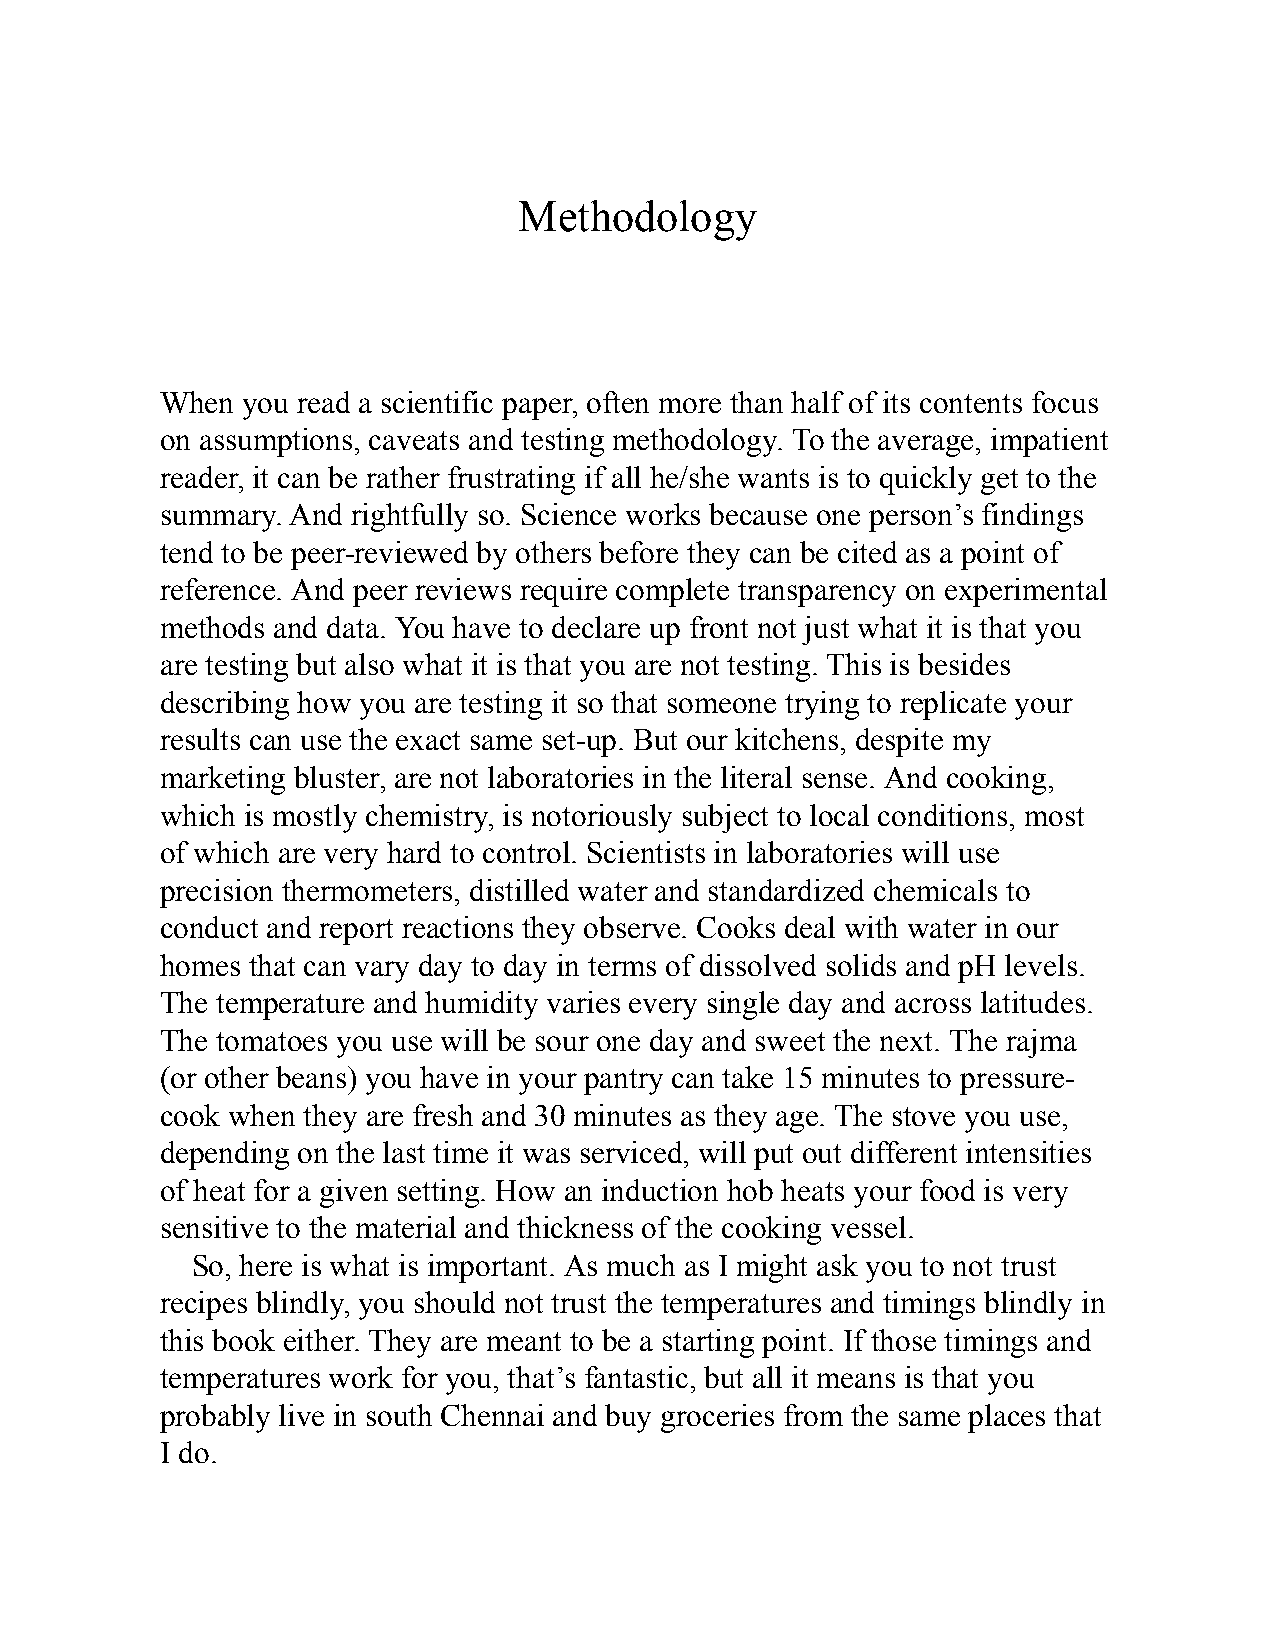
Methodology
 When you read a scientific paper, often more than half of its contents focus
 on assumptions, caveats and testing methodology. To the average, impatient
 reader, it can be rather frustrating if all he/she wants is to quickly get to the
 summary. And rightfully so. Science works because one person’s findings
 tend to be peer-reviewed by others before they can be cited as a point of
 reference. And peer reviews require complete transparency on experimental
 methods and data. You have to declare up front not just what it is that you
 are testing but also what it is that you are not testing. This is besides
 describing how you are testing it so that someone trying to replicate your
 results can use the exact same set-up. But our kitchens, despite my
 marketing bluster, are not laboratories in the literal sense. And cooking,
 which is mostly chemistry, is notoriously subject to local conditions, most
 of which are very hard to control. Scientists in laboratories will use
 precision thermometers, distilled water and standardized chemicals to
 conduct and report reactions they observe. Cooks deal with water in our
 homes that can vary day to day in terms of dissolved solids and pH levels.
 The temperature and humidity varies every single day and across latitudes.
 The tomatoes you use will be sour one day and sweet the next. The rajma
 (or other beans) you have in your pantry can take 15 minutes to pressure-
 cook when they are fresh and 30 minutes as they age. The stove you use,
 depending on the last time it was serviced, will put out different intensities
 of heat for a given setting. How an induction hob heats your food is very
 sensitive to the material and thickness of the cooking vessel.
 So, here is what is important. As much as I might ask you to not trust
 recipes blindly, you should not trust the temperatures and timings blindly in
 this book either. They are meant to be a starting point. If those timings and
 temperatures work for you, that’s fantastic, but all it means is that you
 probably live in south Chennai and buy groceries from the same places that
 I do.